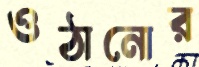
ওঠানোর